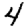
Digit: 4